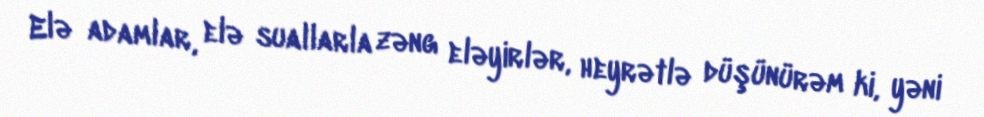
Elə adamlar, elə suallarla zəng eləyirlər, heyrətlə düşünürəm ki, yəni